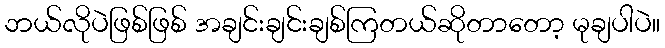
ဘယ်လိုပဲဖြစ်ဖြစ် အချင်းချင်းချစ်ကြတယ်ဆိုတာတော့ မုချပါပဲ။